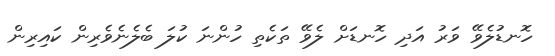
ހޮނޑުލެވޭ ވަރު އަދި ހޮނޑަށް ލެވޭ ތަކެތި ހުންނަ ކުލަ ބެލެނެވެރިން ކައިރިން